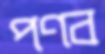
পণব